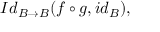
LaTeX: I d _ { B \rightarrow B } ( f \circ g , i d _ { B } ) ,